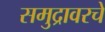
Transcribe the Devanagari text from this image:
समुद्रावरचे